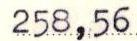
258,56